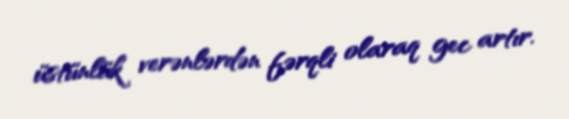
üstünlük verənlərdən fərqli olaraq gec artır.